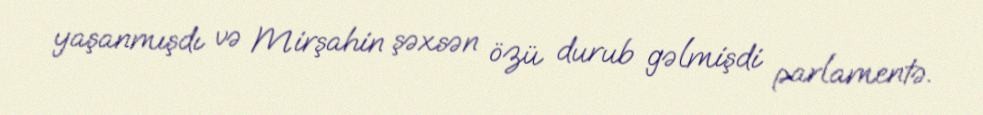
yaşanmışdı və Mirşahin şəxsən özü durub gəlmişdi parlamentə.